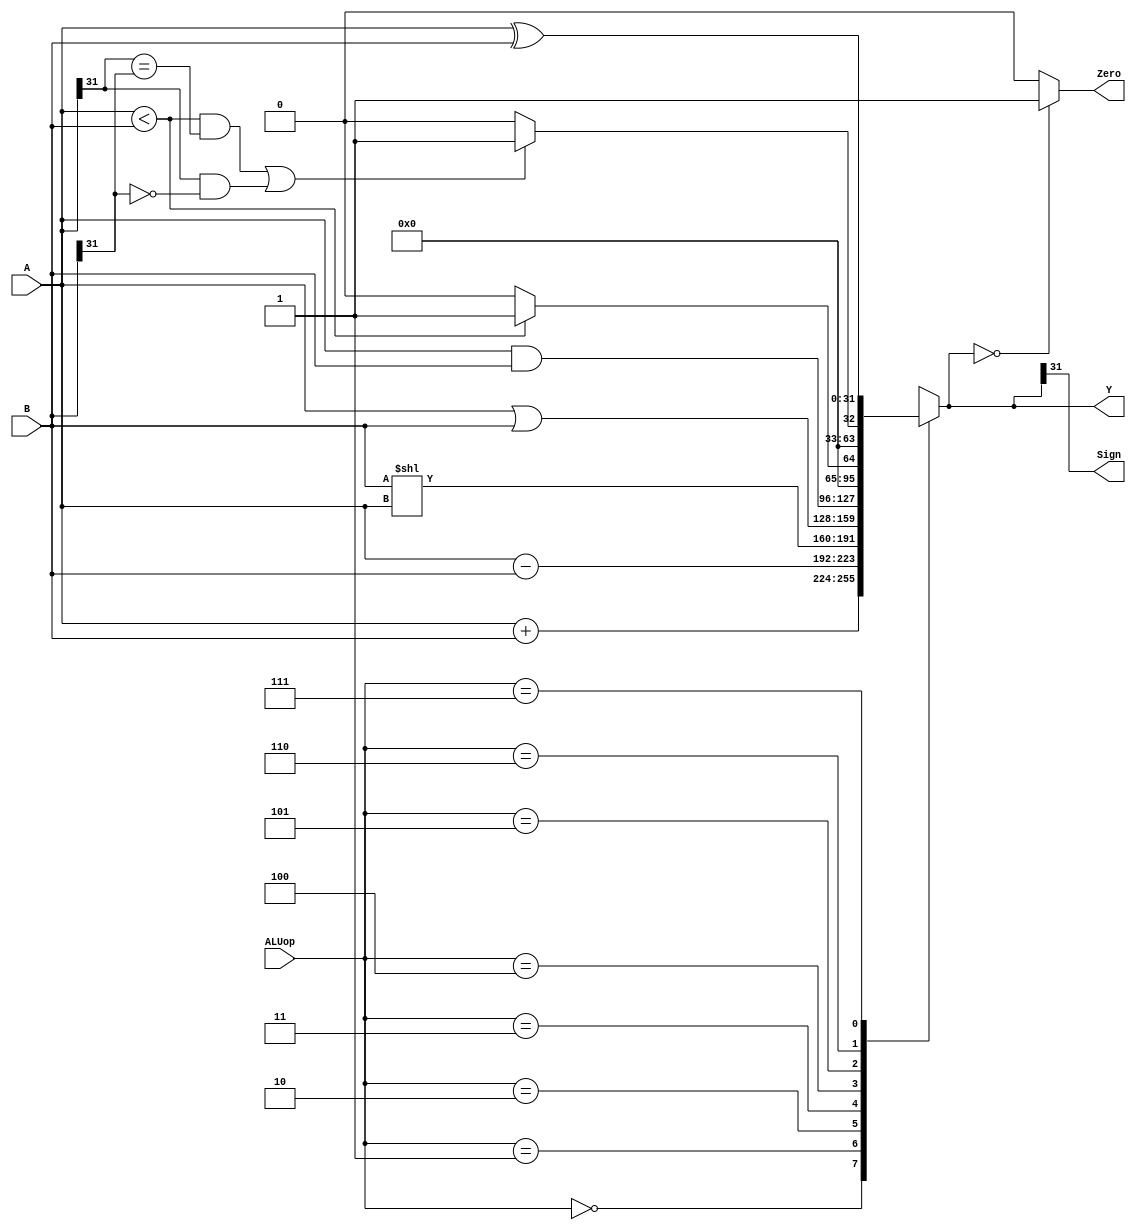
`timescale 1ns / 1ps
//////////////////////////////////////////////////////////////////////////////////
// Company: Sun Yat-Sen University
// 
// Module Name: ALU
// Project Name: SingleCPU
// Target Devices: Basys3
// Tool Versions: Vivado 2015.3
// Description: 
// 
// Dependencies: 
// 
// Revision:
// Revision 0.01 - File Created
// Additional Comments:
// 
//////////////////////////////////////////////////////////////////////////////////

module ALU(
    input [31:0] A,     // 
    input [31:0] B,     // 
    input [2:0] ALUop,  // ALU 
    output Zero,        // 010
    output Sign,        // 
    output reg [31:0] Y     // 
    );
    
    always @(ALUop or A or B) begin
        case (ALUop)
            3'b000 : Y = (A + B);
            3'b001 : Y = (A - B);
            3'b010 : Y = (B << A);
            3'b011 : Y = (A | B);
            3'b100 : Y = (A & B);
            3'b101 : Y = (A < B) ? 1 : 0;
            3'b110 : Y = (((A < B) && (A[31] == B[31])) || ((A[31] && !B[31]))) ? 1 : 0;
            3'b111 : Y = (A ^ B);
            default : Y = 0;
        endcase
    end
    
    assign Zero = (Y == 0) ? 1 : 0;
    assign Sign = Y[31];
endmodule